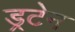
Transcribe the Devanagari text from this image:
ड्रटेन